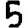
Digit: 5